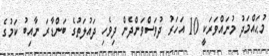
މުޙައްމަދު މުނައްވަރަކީ 10 އަހަރު ދުވަސްވަންދެން ދިވެހި ދައުލަތުގެ ބަންޑާރަ ނާއިބު ކަމުގެ